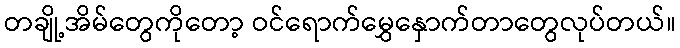
တချို့အိမ်တွေကိုတော့ ဝင်ရောက်မွှေနှောက်တာတွေလုပ်တယ်။